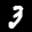
Label: 3